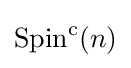
\operatorname {Spin} ^{\mathrm {c} }(n)